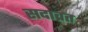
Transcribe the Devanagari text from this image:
सदाव्रत